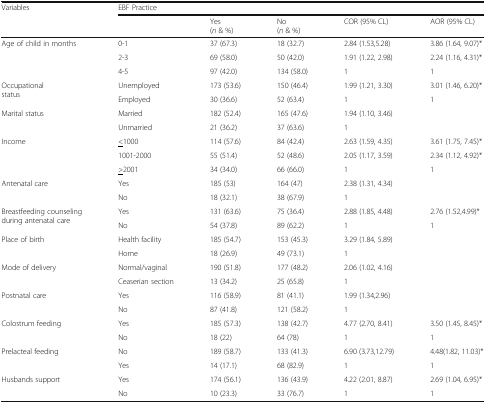
<table><thead><tr><td rowspan="2"><b>Variables</b></td><td colspan="5"><b>EBF Practice</b></td></tr><tr><td></td><td><b>Yes(<i>n</i> &amp; %)</b></td><td><b>No(<i>n</i> &amp; %)</b></td><td><b>COR (95% CL)</b></td><td><b>AOR (95% CL)</b></td></tr></thead><tbody><tr><td rowspan="3">Age of child in months</td><td>0-1</td><td>37 (67.3)</td><td>18 (32.7)</td><td>2.84 (1.53,5.28)</td><td>3.86 (1.64, 9.07)*</td></tr><tr><td>2-3</td><td>69 (58.0)</td><td>50 (42.0)</td><td>1.91 (1.22, 2.98)</td><td>2.24 (1.16, 4.31)*</td></tr><tr><td>4-5</td><td>97 (42.0)</td><td>134 (58.0)</td><td>1</td><td>1</td></tr><tr><td rowspan="2">Occupationalstatus</td><td>Unemployed</td><td>173 (53.6)</td><td>150 (46.4)</td><td>1.99 (1.21, 3.30)</td><td>3.01 (1.46, 6.20)*</td></tr><tr><td>Employed</td><td>30 (36.6)</td><td>52 (63.4)</td><td>1</td><td>1</td></tr><tr><td rowspan="2">Marital status</td><td>Married</td><td>182 (52.4)</td><td>165 (47.6)</td><td>1.94 (1.10, 3.46)</td><td></td></tr><tr><td>Unmarried</td><td>21 (36.2)</td><td>37 (63.6)</td><td>1</td><td></td></tr><tr><td rowspan="3">Income</td><td><underline>&lt;</underline>1000</td><td>114 (57.6)</td><td>84 (42.4)</td><td>2.63 (1.59, 4.35)</td><td>3.61 (1.75, 7.45)*</td></tr><tr><td>1001-2000</td><td>55 (51.4)</td><td>52 (48.6)</td><td>2.05 (1.17, 3.59)</td><td>2.34 (1.12, 4.92)*</td></tr><tr><td><underline>&gt;</underline>2001</td><td>34 (34.0)</td><td>66 (66.0)</td><td>1</td><td>1</td></tr><tr><td rowspan="2">Antenatal care</td><td>Yes</td><td>185 (53)</td><td>164 (47)</td><td>2.38 (1.31, 4.34)</td><td></td></tr><tr><td>No</td><td>18 (32.1)</td><td>38 (67.9)</td><td>1</td><td></td></tr><tr><td rowspan="2">Breastfeeding counseling during antenatal care</td><td>Yes</td><td>131 (63.6)</td><td>75 (36.4)</td><td>2.88 (1.85, 4.48)</td><td>2.76 (1.52,4.99)*</td></tr><tr><td>No</td><td>54 (37.8)</td><td>89 (62.2)</td><td>1</td><td>1</td></tr><tr><td rowspan="2">Place of birth</td><td>Health facility</td><td>185 (54.7)</td><td>153 (45.3)</td><td>3.29 (1.84, 5.89)</td><td></td></tr><tr><td>Home</td><td>18 (26.9)</td><td>49 (73.1)</td><td>1</td><td></td></tr><tr><td rowspan="2">Mode of delivery</td><td>Normal/vaginal</td><td>190 (51.8)</td><td>177 (48.2)</td><td>2.06 (1.02, 4.16)</td><td></td></tr><tr><td>Ceaserian section</td><td>13 (34.2)</td><td>25 (65.8)</td><td>1</td><td></td></tr><tr><td rowspan="2">Postnatal care</td><td>Yes</td><td>116 (58.9)</td><td>81 (41.1)</td><td>1.99 (1.34,2.96)</td><td></td></tr><tr><td>No</td><td>87 (41.8)</td><td>121 (58.2)</td><td>1</td><td></td></tr><tr><td rowspan="2">Colostrum feeding</td><td>Yes</td><td>185 (57.3)</td><td>138 (42.7)</td><td>4.77 (2.70, 8.41)</td><td>3.50 (1.45, 8.45)*</td></tr><tr><td>No</td><td>18 (22)</td><td>64 (78)</td><td>1</td><td>1</td></tr><tr><td rowspan="2">Prelacteal feeding</td><td>No</td><td>189 (58.7)</td><td>133 (41.3)</td><td>6.90 (3.73,12.79)</td><td>4.48(1.82, 11.03)*</td></tr><tr><td>Yes</td><td>14 (17.1)</td><td>68 (82.9)</td><td>1</td><td>1</td></tr><tr><td rowspan="2">Husbands support</td><td>Yes</td><td>174 (56.1)</td><td>136 (43.9)</td><td>4.22 (2.01, 8.87)</td><td>2.69 (1.04, 6.95)*</td></tr><tr><td>No</td><td>10 (23.3)</td><td>33 (76.7)</td><td>1</td><td>1</td></tr></tbody></table>